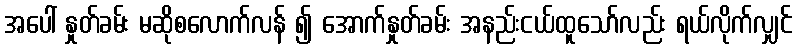
အပေါ် နှုတ်ခမ်း မဆိုစလောက်လန် ၍ အောက်နှုတ်ခမ်း အနည်းငယ်ထူသော်လည်း ရယ်လိုက်လျှင်